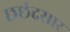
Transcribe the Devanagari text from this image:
छछंदसार